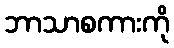
ဘာသာစကားကို